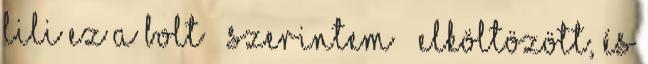
lili Ez a bolt – szerintem – elköltözött, és